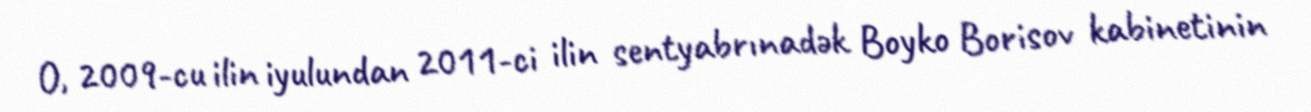
O, 2009-cu ilin iyulundan 2011-ci ilin sentyabrınadək Boyko Borisov kabinetinin